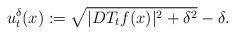
LaTeX: \begin{align*}u^\delta_t(x):=\sqrt{|DT_tf(x)|^2+\delta^2}-\delta.\end{align*}